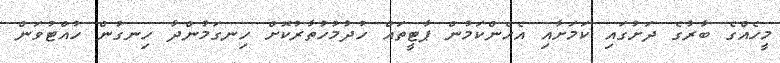
މީހެއްގެ ބާރުގެ ދަށުގައި ކަމަށާއި އެހެންކަމުން ޕާޓީތައް ހުދުމުހުތާރުކޮށް ހިނގަމުންދާ ހިނގުން ހުއްޓުވަން